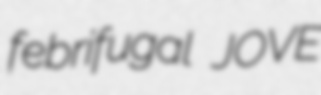
febrifugal JOVE